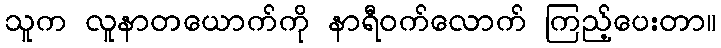
သူက လူနာတယောက်ကို နာရီဝက်လောက် ကြည့်ပေးတာ။